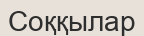
Соққылар